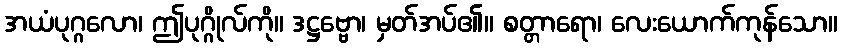
အယံပုဂ္ဂလော၊ ဤပုဂ္ဂိုလ်ကို။ ဒဋ္ဌဗ္ဗော၊ မှတ်အပ်၏။ စတ္တာရော၊ လေးယောက်ကုန်သော။